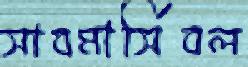
সাবমার্সিবল